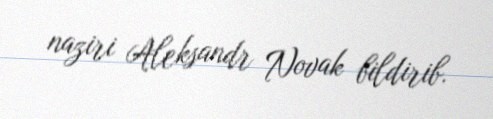
naziri Aleksandr Novak bildirib.